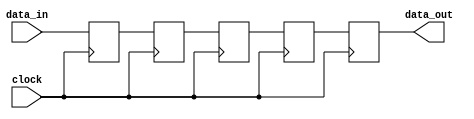
module Four_flop_synchronizer (
    input wire data_in,
    input wire clock,
    output reg data_out
);

reg [3:0] flop1, flop2, flop3, flop4;

always @(posedge clock) begin
    flop1 <= data_in;
    flop2 <= flop1;
    flop3 <= flop2;
    flop4 <= flop3;
    data_out <= flop4;
end

endmodule